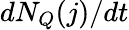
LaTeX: dN_{Q}(j)/dt